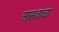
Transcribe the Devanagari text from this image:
आसवांचा